Annual administration report of the Civil Veterinary Department of India - 1893-1894
Year: 1893
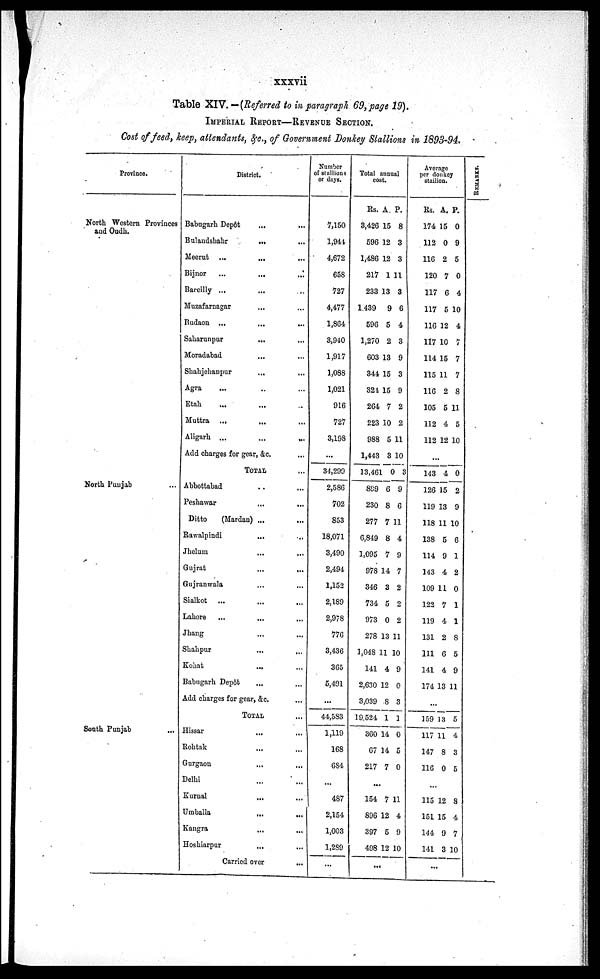
xxxvii
Table XIV. —(Referred to in paragraph 69, page 19).
IMPERIAL REPORT —REVENUE SECTION.
Cost of feed, keep, attendants, &c., of Government Donkey Stallions in 1893-94.
Province.
North Western Provinces
and Oudh.
North Punjab
South Punjab
...
District.
Babugarh Depôt ... ...
Bulandshahr
...
...
Meerut
...
...
...
Bijnor
...
...
...
Bareilly ... ...
Muzafarnagar ... ...
Budaon ... ... ...
Saharunpur
...
...
Moradabad ... ...
Shahjehanpur ... ...
Agra ... ... ...
Etah ... ... ...
Muttra ... ... ...
Aligarh ... ... ...
Add charges for gear, &c. ... ...
TOTAL ...
Abbottabad ... ...
Peshawar
...
...
Ditto
(Mardan) ... ...
Rawalpindi ... ...
Jhelum ... ...
Gujrat ... ...
Gujranwala ... ...
Sialkot ... ... ...
Lahore ... ... ...
Jhang ... ...
Shahpur ... ...
Kohat ... ...
Babugarh Depôt ... ...
Add charges for gear, &c. ...
TOTAL ...
Hissar ... ...
Rohtak ... ...
Gurgaon ... ...
Delhi ... ...
Kurnal ... ...
Umballa ... ...
Kangra ... ...
Hoshiarpur ... ...
Carried over ...
Number
of stallions
or days.
7,150
1,944
4,672
658
727
4,477
1,864
3,940
1,917
1,088
1,021
916
727
3,198
...
34,299
2,586
702
853
18,071
3,490
2,494
1,152
2,189
2,978
776
3,436
365
5,491
...
44,583
1,119
168
684
...
487
2,154
1,003
1,289
...
Total annual
cost.
Rs.
3,426
596
1,486
217
233
1,439
596
1,270
603
344
324
264
223
988
1,443
13,461
899
230
277
6,849
1,095
978
346
734
973
278
1,048
141
2,630
3,039
19,524
360
67
217
A.
15
12
12
1
13
9
5
2
13
15
15
7
10
5
3
0
6
8
7
8
7
14
3
5
0
13
11
4
12
8
1
14
14
7
P.
8
3
3
11
3
6
4
3
9
3
9
2
2
11
10
3
9
6
11
4
9
7
2
2
2
11
10
9
0
3
1
0
5
0
...
154
896
397
498
7
12
5
12
11
4
9
10
...
Average
per donkey
stallion.
Rs.
174
112
116
120
117
117
116
117
114
115
116
105
112
112
A.
15
0
2
7
6
5
12
10
15
11
2
5
4
12
P.
0
9
5
0
4
10
4
7
7
7
8
11
5
10
...
143
126
119
118
138
114
143
109
122
119
131
111
141
174
4
15
13
11
5
9
4
11
7
4
2
6
4
13
0
2
9
10
6
1
2
0
1
1
8
5
9
11
...
159
117
147
116
13
11
8
0
5
4
3
5
...
115
151
144
141
12
15
9
3
8
4
7
10
...
REMARKS.